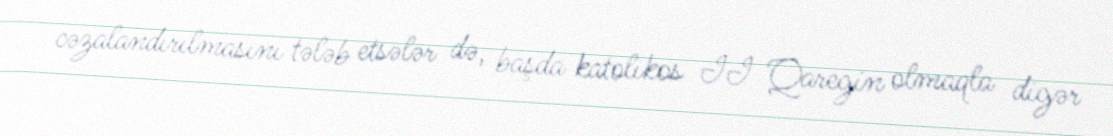
cəzalandırılmasını tələb etsələr də, başda katolikos II Qaregin olmaqla digər